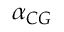
\alpha _ { C G }